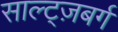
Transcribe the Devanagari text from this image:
साल्ट्ज़बर्ग